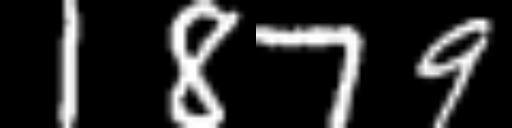
Text: 1879